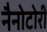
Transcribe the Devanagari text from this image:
नैनोटोरी